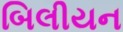
બિલીયન